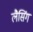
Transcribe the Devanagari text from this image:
लैसिंग